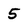
Character: 5